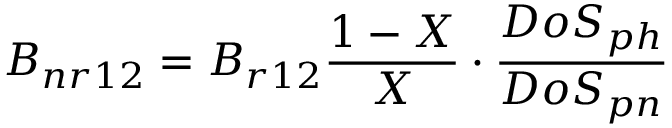
B _ { n r 1 2 } = B _ { r 1 2 } \frac { 1 - X } { X } \cdot \frac { D o S _ { p h } } { D o S _ { p n } }